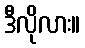
ဒီလိုလား။